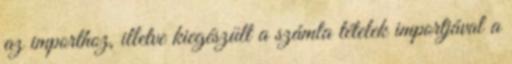
az importhoz, illetve kiegészült a számla tételek importjával a